Indian journal of veterinary science and animal husbandry - Volumes 24-25, 1954-1955
Year: 1954
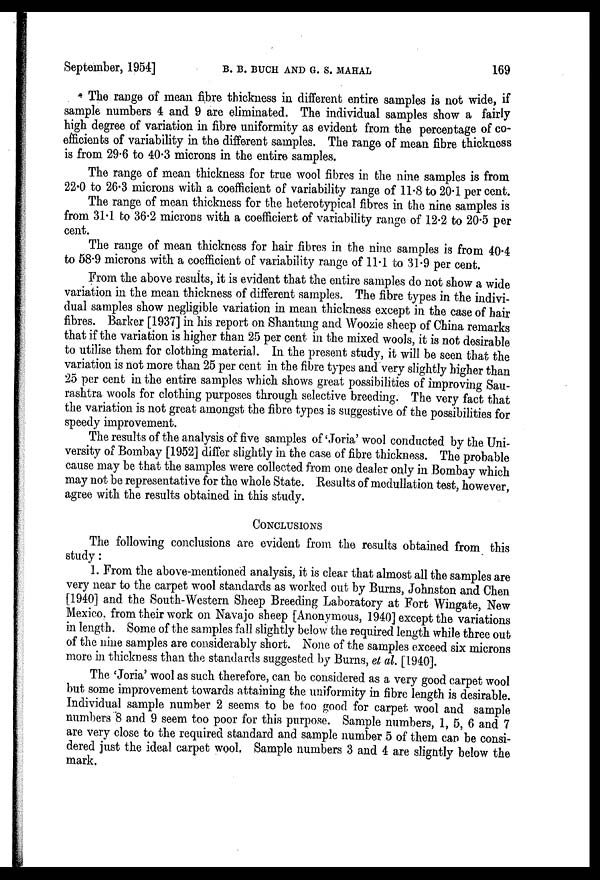
September, 1954]
B.
B.
BUCH
AND
G.
S.
MAHAL
169
The range of mean fibre thickness in different entire samples is not wide, if
sample numbers 4 and 9 are eliminated. The individual samples show a fairly
high degree of variation in fibre uniformity as evident from the percentage of co-
efficients of variability in the different samples. The range of mean fibre thickness
is from 29.6 to 40.3 microns in the entire samples.
The range of mean thickness for true wool fibres in the nine samples is from
22.0 to 26.3 microns with a coefficient of variability range of 11.8 to 20.1 percent.
The range of mean thickness for the heterotypical fibres in the nine samples is
from 31.1 to 36.2 microns with a coefficient of variability range of 12.2 to 20.5 per
cent.
The range of mean thickness for hair fibres in the nine samples is from 40.4
to 58.9 microns with a coefficient of variability range of 11.1 to 31.9 per cent.
From the above results, it is evident that the entire samples do not show a wide
variation in the mean thickness of different samples. The fibre types in the indivi-
dual samples show negligible variation in mean thickness except in the case of hair
fibres. Barker [1937] in his report on Shantung and Woozie sheep of China remarks
that if the variation is higher than 25 per cent in the mixed wools, it is not desirable
to utilise them for clothing material. In the present study, it will be seen that the
variation is not more than 25 per cent in the fibre types and very slightly higher than
25 per cent in the entire samples which shows great possibilities of improving Sau-
rashtra wools for clothing purposes through selective breeding. The very fact that
the variation is not great amongst the fibre types is suggestive of the possibilities for
speedy improvement.
The results of the analysis of five samples of 'Joria' wool conducted by the Uni-
versity of Bombay [1952] differ slightly in the case of fibre thickness. The probable
cause may be that the samples were collected from one dealer only in Bombay which
may not be representative for the whole State. Results of medullation test, however,
agree with the results obtained in this study.
CONCLUSIONS
The following conclusions are evident from the results obtained from this
study:
1. From the above-mentioned analysis, it is clear that almost all the samples are
very near to the carpet wool standards as worked out by Burns, Johnston and Chen
[1940] and the South-Western Sheep Breeding Laboratory at Fort Wingate, New
Mexico, from their work on Navajo sheep [Anonymous, 1940] except the variations
in length. Some of the samples fall slightly below the required length while three out
of the nine samples are considerably short. None of the samples exceed six microns
more in thickness than the standards suggested by Burns, et al. [1940].
The 'Joria' wool as such therefore, can be considered as a very good carpet wool
but some improvement towards attaining the uniformity in fibre length is desirable.
Individual sample number 2 seems to be too good for carpet wool and sample
numbers 8 and 9 seem too poor for this purpose. Sample numbers, 1, 5, 6 and 7
are very close to the required standard and sample number 5 of them can be consi-
dered just the ideal carpet wool. Sample numbers 3 and 4 are slightly below the
mark.